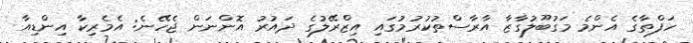
ހަފްތާގެ އެންމެ މަގުބޫލުގާޒާ އާރާސްތުކުރުމުގައި އިޒްރޭލުގެ ދައުރު އޮންނަން ޖެހޭނެ: އެމެރިކާ އިންޑިއާ